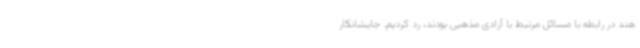
هند در رابطه با مسائل مرتبط با آزادی مذهبی بودند، رد کردیم. جایشانکار